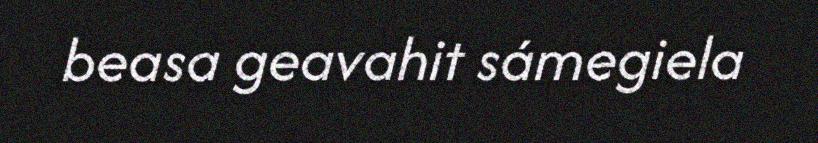
beasa geavahit sámegiela